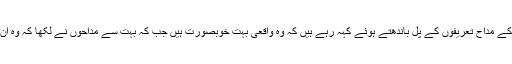
صبا قمر کی ان پوسٹ پران کے مداح تعریفوں کے پل باندھتے ہوئے کہہ رہے ہیں کہ وہ واقعی بہت خوبصورت ہیں جب کہ بہت سے مداحوں نے لکھا کہ وہ ان کے اسٹائل کے دیوانے ہیں۔